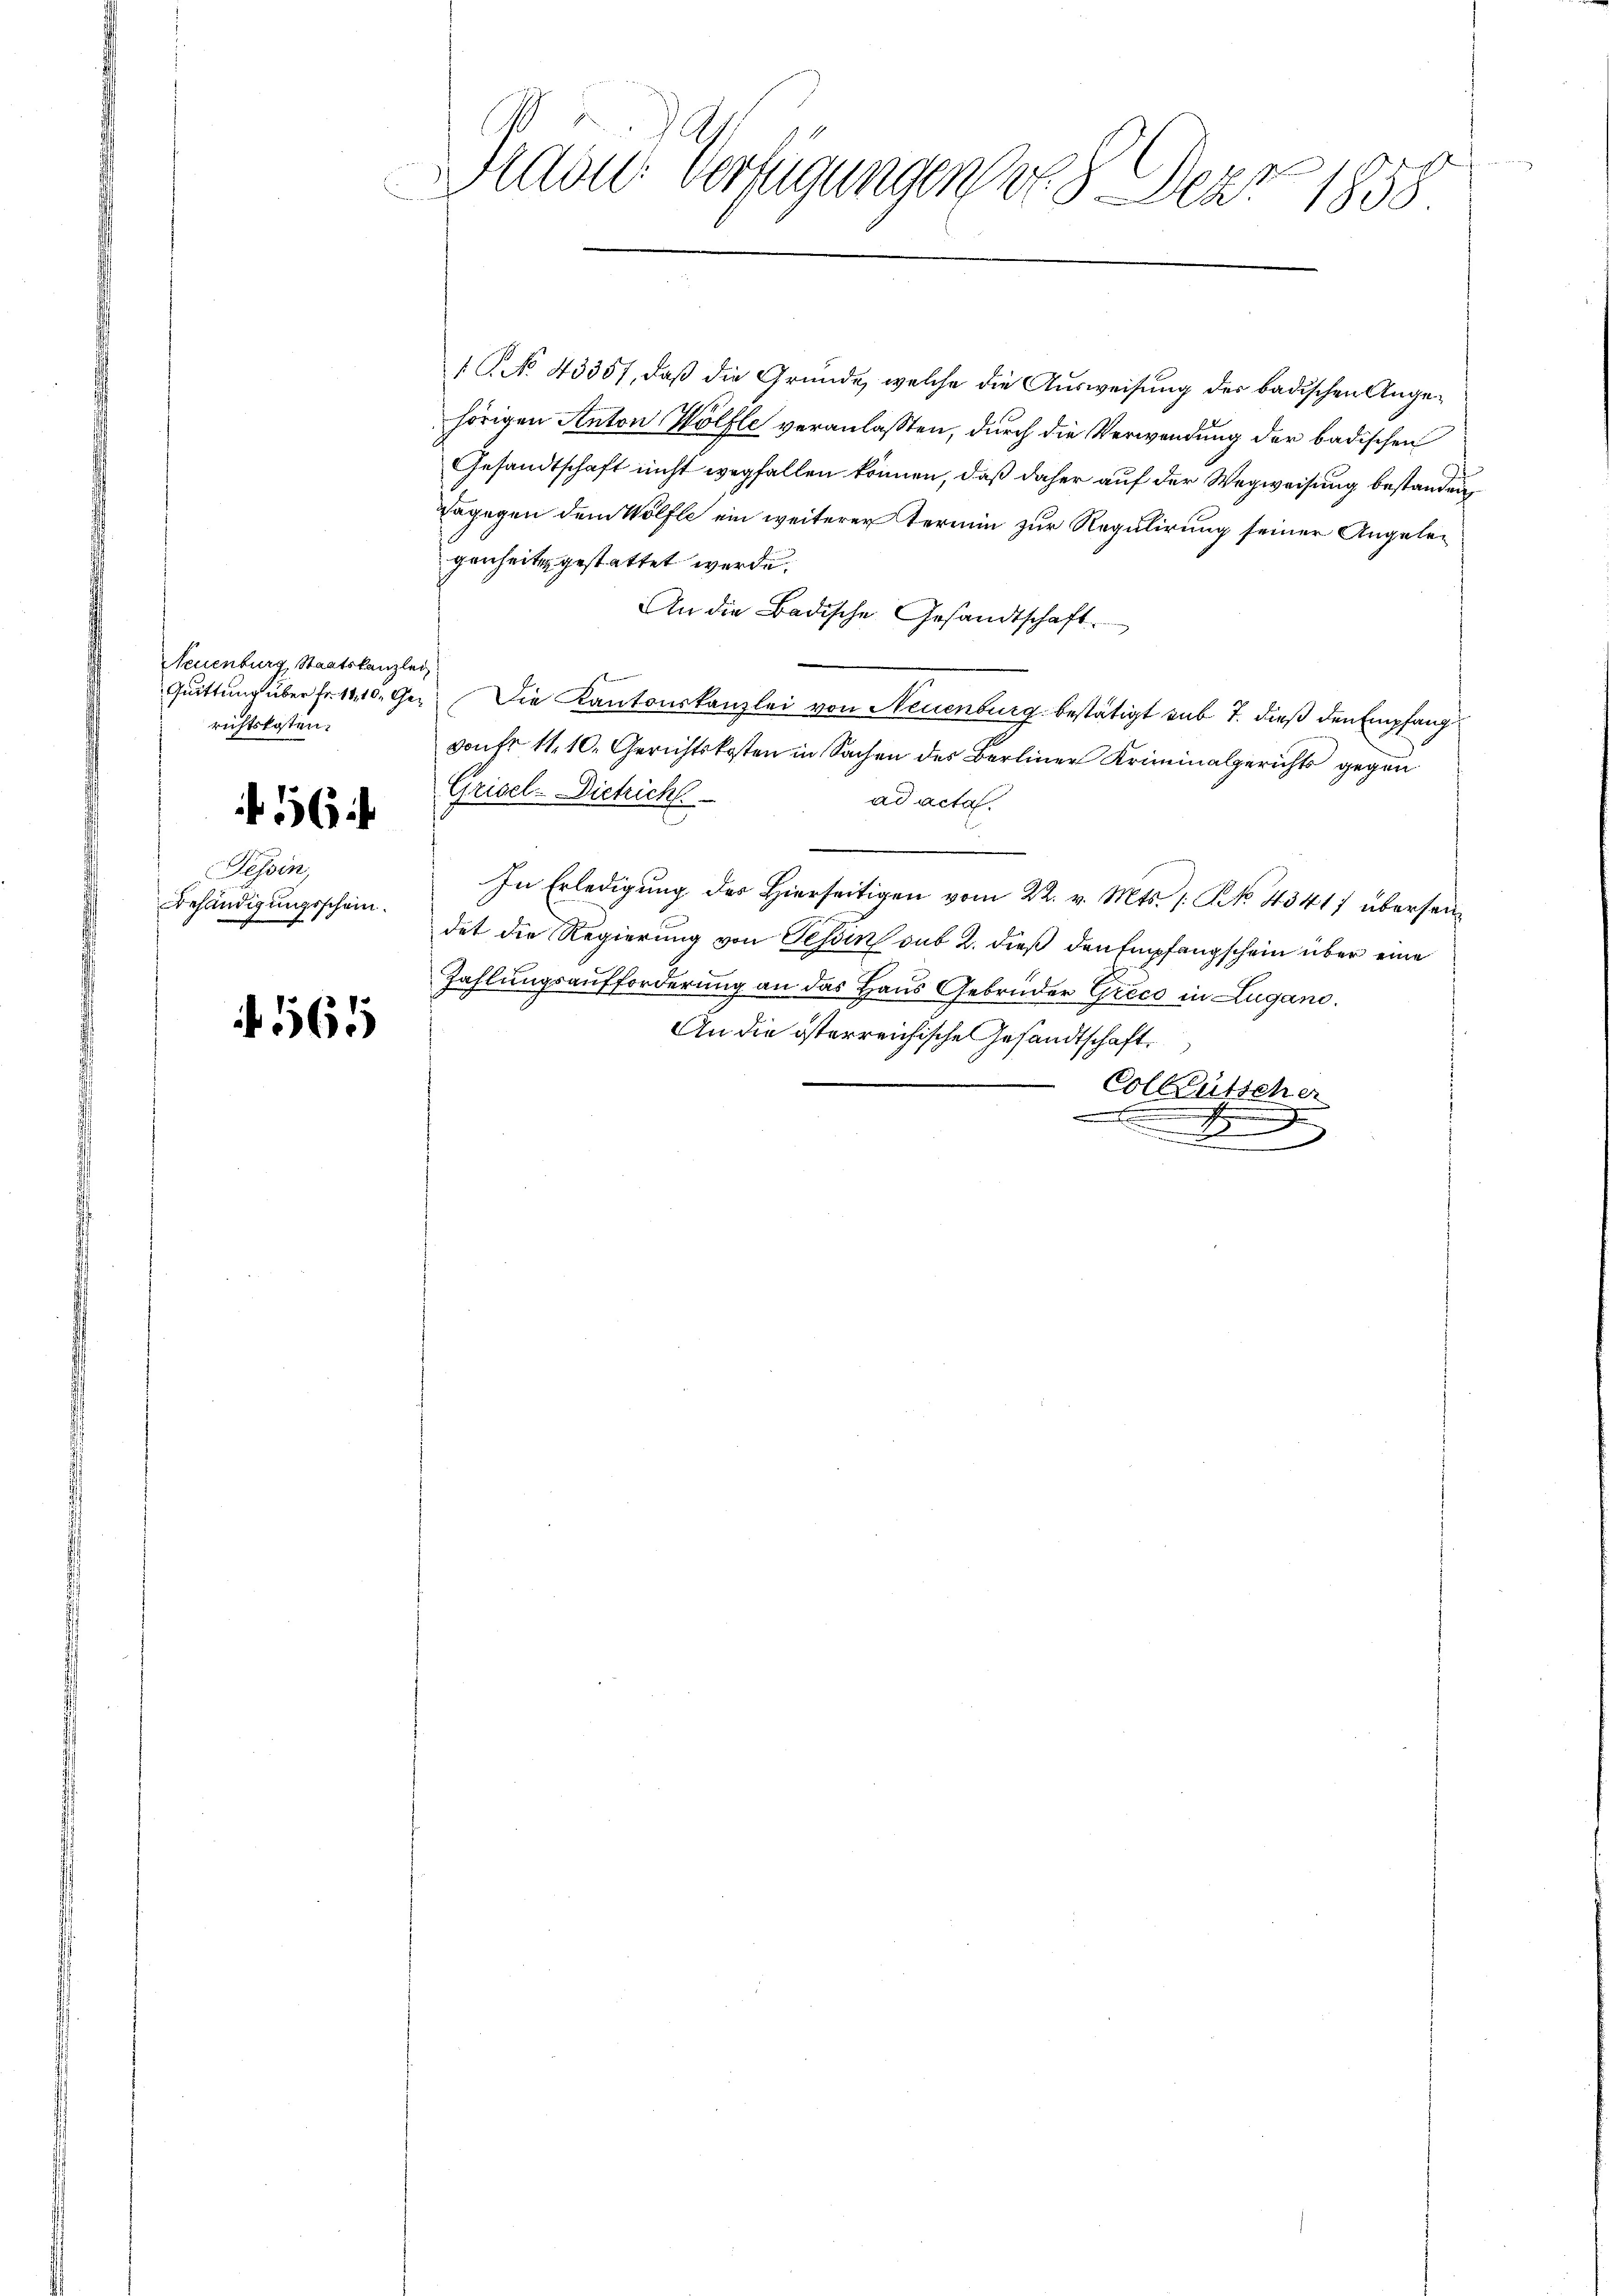
Neuenburg, Staatskanzlei
Quittung über Fr. 11, 10. Gerichtskosten.

f 56

Tessin.
Behändigungsschein.
g

565

c
Prädie Verfügungen 8. Der 1858.

1 No 43357, daß die Gründe, welche die Ausweisung der badischen Angehörigen Anton Wölfle veranlaßten, durch die Verwendung der badischen
Gesandtschaft nicht wegfallen können, daß daher auf der Wegweisung bestanden
Dagegen dem Wölfle ein weiterer Termin zur Regulirung seiner Angelegenheits gestattet werde.
An die Badische Gesandtschaft.
Die Kantonskanzlei von Neuenburg bestätigt sub 7. dieß den Empfang
Donfr 11. 10. Gerichtskosten in Sachen des Berliner Kriminalgerichts gegen
Grisel-Dietrich
ad acta
In Erledigung des Hierseitigen vom 22. v. Mts. 1. No. 43417 überseidet die Regierung von Tessin sub 2. dieß den Empfangschein über eine
Zahlungsaufforderung an das Haus Gebrüder Grico in Lugano.
An die österreichische Gesandtschaft.
Colleutscher
e
d